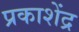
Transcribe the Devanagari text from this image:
प्रकाशेंद्र